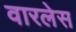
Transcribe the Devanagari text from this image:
वारलेस